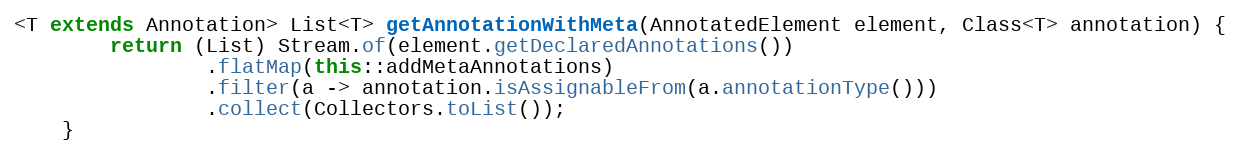
Language: Java
<T extends Annotation> List<T> getAnnotationWithMeta(AnnotatedElement element, Class<T> annotation) {
        return (List) Stream.of(element.getDeclaredAnnotations())
                .flatMap(this::addMetaAnnotations)
                .filter(a -> annotation.isAssignableFrom(a.annotationType()))
                .collect(Collectors.toList());
    }